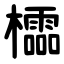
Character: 櫺